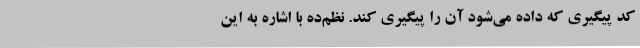
کد پیگیری که داده می‌شود آن را پیگیری کند. نظم‌ده با اشاره به این